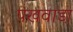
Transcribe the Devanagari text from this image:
पखवाडा़